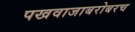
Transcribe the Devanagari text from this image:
पखवाजाबरोबरच